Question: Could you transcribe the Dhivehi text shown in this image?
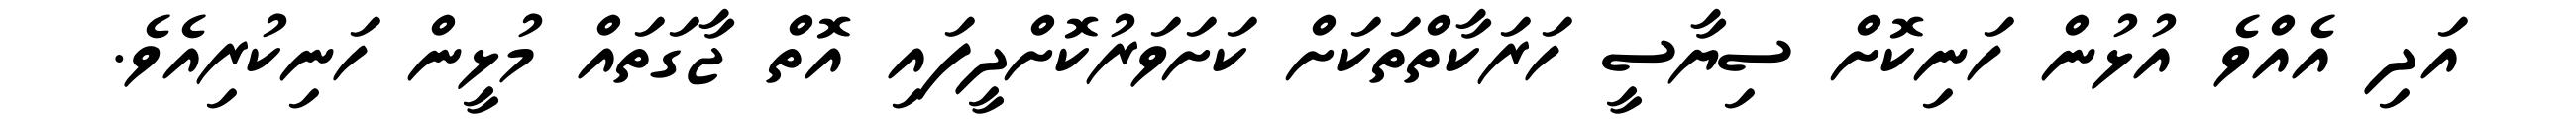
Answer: އަދި އެއްވެ އުޅުން ހަނިކޮށް ސިޔާސީ ހަރަކާތްތަކަށް ކަށަވަރުކޮށްދީފައި އޮތް ޖާގަތައް މުޅީން ހަނިކުރިއެވެ.